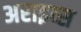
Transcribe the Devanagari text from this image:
अराइव्स